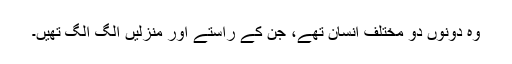
وہ دونوں دو مختلف انسان تھے، جن کے راستے اور منزلیں الگ الگ تھیں۔